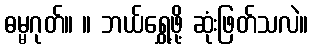
ဓမ္မဂုတ်။ ။ ဘယ်ရွှေ့ဖို့ ဆုံးဖြတ်သလဲ။